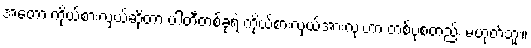
အဲတော့ ကိုယ်စားလှယ်ဆိုတာ ပါတီတစ်ခုရဲ့ ကိုယ်စားလှယ်အားလုံးဟာ တစ်ပုံစံတည်း မဟုတ်ဘူး။